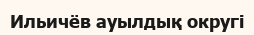
Ильичёв ауылдық округі